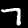
Label: 7